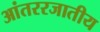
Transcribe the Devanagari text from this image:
आंतररजातीय